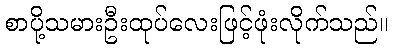
စာပို့သမားဦးထုပ်လေးဖြင့်ဖုံးလိုက်သည်။